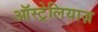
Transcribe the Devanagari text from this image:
ऑस्ट्रेलियाज़